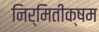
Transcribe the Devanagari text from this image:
निर्मितीक्षम